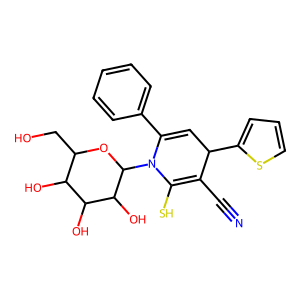
SMILES: N#CC1=C(S)N(C2OC(CO)C(O)C(O)C2O)C(c2ccccc2)=CC1c1cccs1
Inhibits HIV replication: No